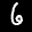
Label: 6